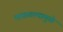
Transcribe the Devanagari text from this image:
मावळल्यामुळे